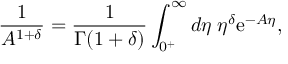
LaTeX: \frac { 1 } { A ^ { 1 + \delta } } = \frac { 1 } { \Gamma ( 1 + \delta ) } \int _ { 0 ^ { + } } ^ { \infty } d \eta \; \eta ^ { \delta } \mathrm { e } ^ { - A \eta } ,